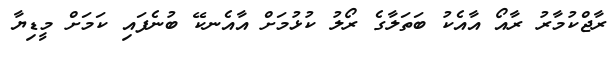
ރާޖްކުމާރު ރާއޯ އާއެކު ބަތަލާގެ ރޯލު ކުޅުމަށް އާއެނކޭ ބުނެފައި ކަމަށް މީޑިޔާ